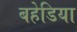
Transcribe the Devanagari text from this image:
बहेडिया